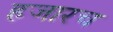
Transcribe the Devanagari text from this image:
हजारच